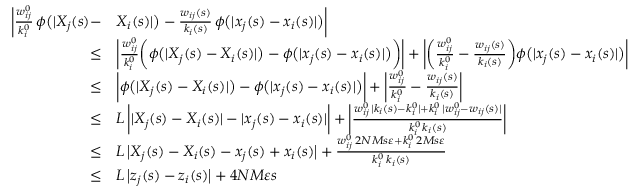
\begin{array} { r l } { \bigg | \frac { w _ { i j } ^ { 0 } } { k _ { i } ^ { 0 } } \, \phi \big ( | X _ { j } ( s ) - } & { X _ { i } ( s ) | \big ) - \frac { w _ { i j } ( s ) } { k _ { i } ( s ) } \, \phi \big ( | x _ { j } ( s ) - x _ { i } ( s ) | \big ) \bigg | } \\ { \leq } & { \bigg | \frac { w _ { i j } ^ { 0 } } { k _ { i } ^ { 0 } } \bigg ( \phi \big ( | X _ { j } ( s ) - X _ { i } ( s ) | \big ) - \phi \big ( | x _ { j } ( s ) - x _ { i } ( s ) | \big ) \bigg ) \bigg | + \bigg | \bigg ( \frac { w _ { i j } ^ { 0 } } { k _ { i } ^ { 0 } } - \frac { w _ { i j } ( s ) } { k _ { i } ( s ) } \bigg ) \phi \big ( | x _ { j } ( s ) - x _ { i } ( s ) | \big ) \bigg | } \\ { \leq } & { \bigg | \phi \big ( | X _ { j } ( s ) - X _ { i } ( s ) | \big ) - \phi \big ( | x _ { j } ( s ) - x _ { i } ( s ) | \big ) \bigg | + \bigg | \frac { w _ { i j } ^ { 0 } } { k _ { i } ^ { 0 } } - \frac { w _ { i j } ( s ) } { k _ { i } ( s ) } \bigg | } \\ { \leq } & { L \, \bigg | | X _ { j } ( s ) - X _ { i } ( s ) | - | x _ { j } ( s ) - x _ { i } ( s ) | \bigg | + \bigg | \frac { w _ { i j } ^ { 0 } \, | k _ { i } ( s ) - k _ { i } ^ { 0 } | + k _ { i } ^ { 0 } \, | w _ { i j } ^ { 0 } - w _ { i j } ( s ) | } { k _ { i } ^ { 0 } \, k _ { i } ( s ) } \bigg | } \\ { \leq } & { L \, \big | X _ { j } ( s ) - X _ { i } ( s ) - x _ { j } ( s ) + x _ { i } ( s ) \big | + \frac { w _ { i j } ^ { 0 } \, 2 N M s \varepsilon + k _ { i } ^ { 0 } \, 2 M s \varepsilon } { k _ { i } ^ { 0 } \, k _ { i } ( s ) } } \\ { \leq } & { L \, \big | z _ { j } ( s ) - z _ { i } ( s ) \big | + 4 N M \varepsilon s } \end{array}